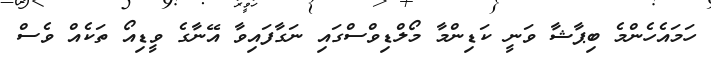
ހަމައެހެންމެ ބިޕާޝާ ވަނީ ކަޑިންމާ މޯލްޑިވްސްގައި ނަގާފައިވާ އޭނާގެ ވީޑިއޯ ތަކެއް ވެސް